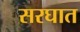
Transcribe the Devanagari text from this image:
सरघात